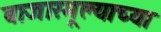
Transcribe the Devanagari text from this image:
बाजारमूल्याच्या